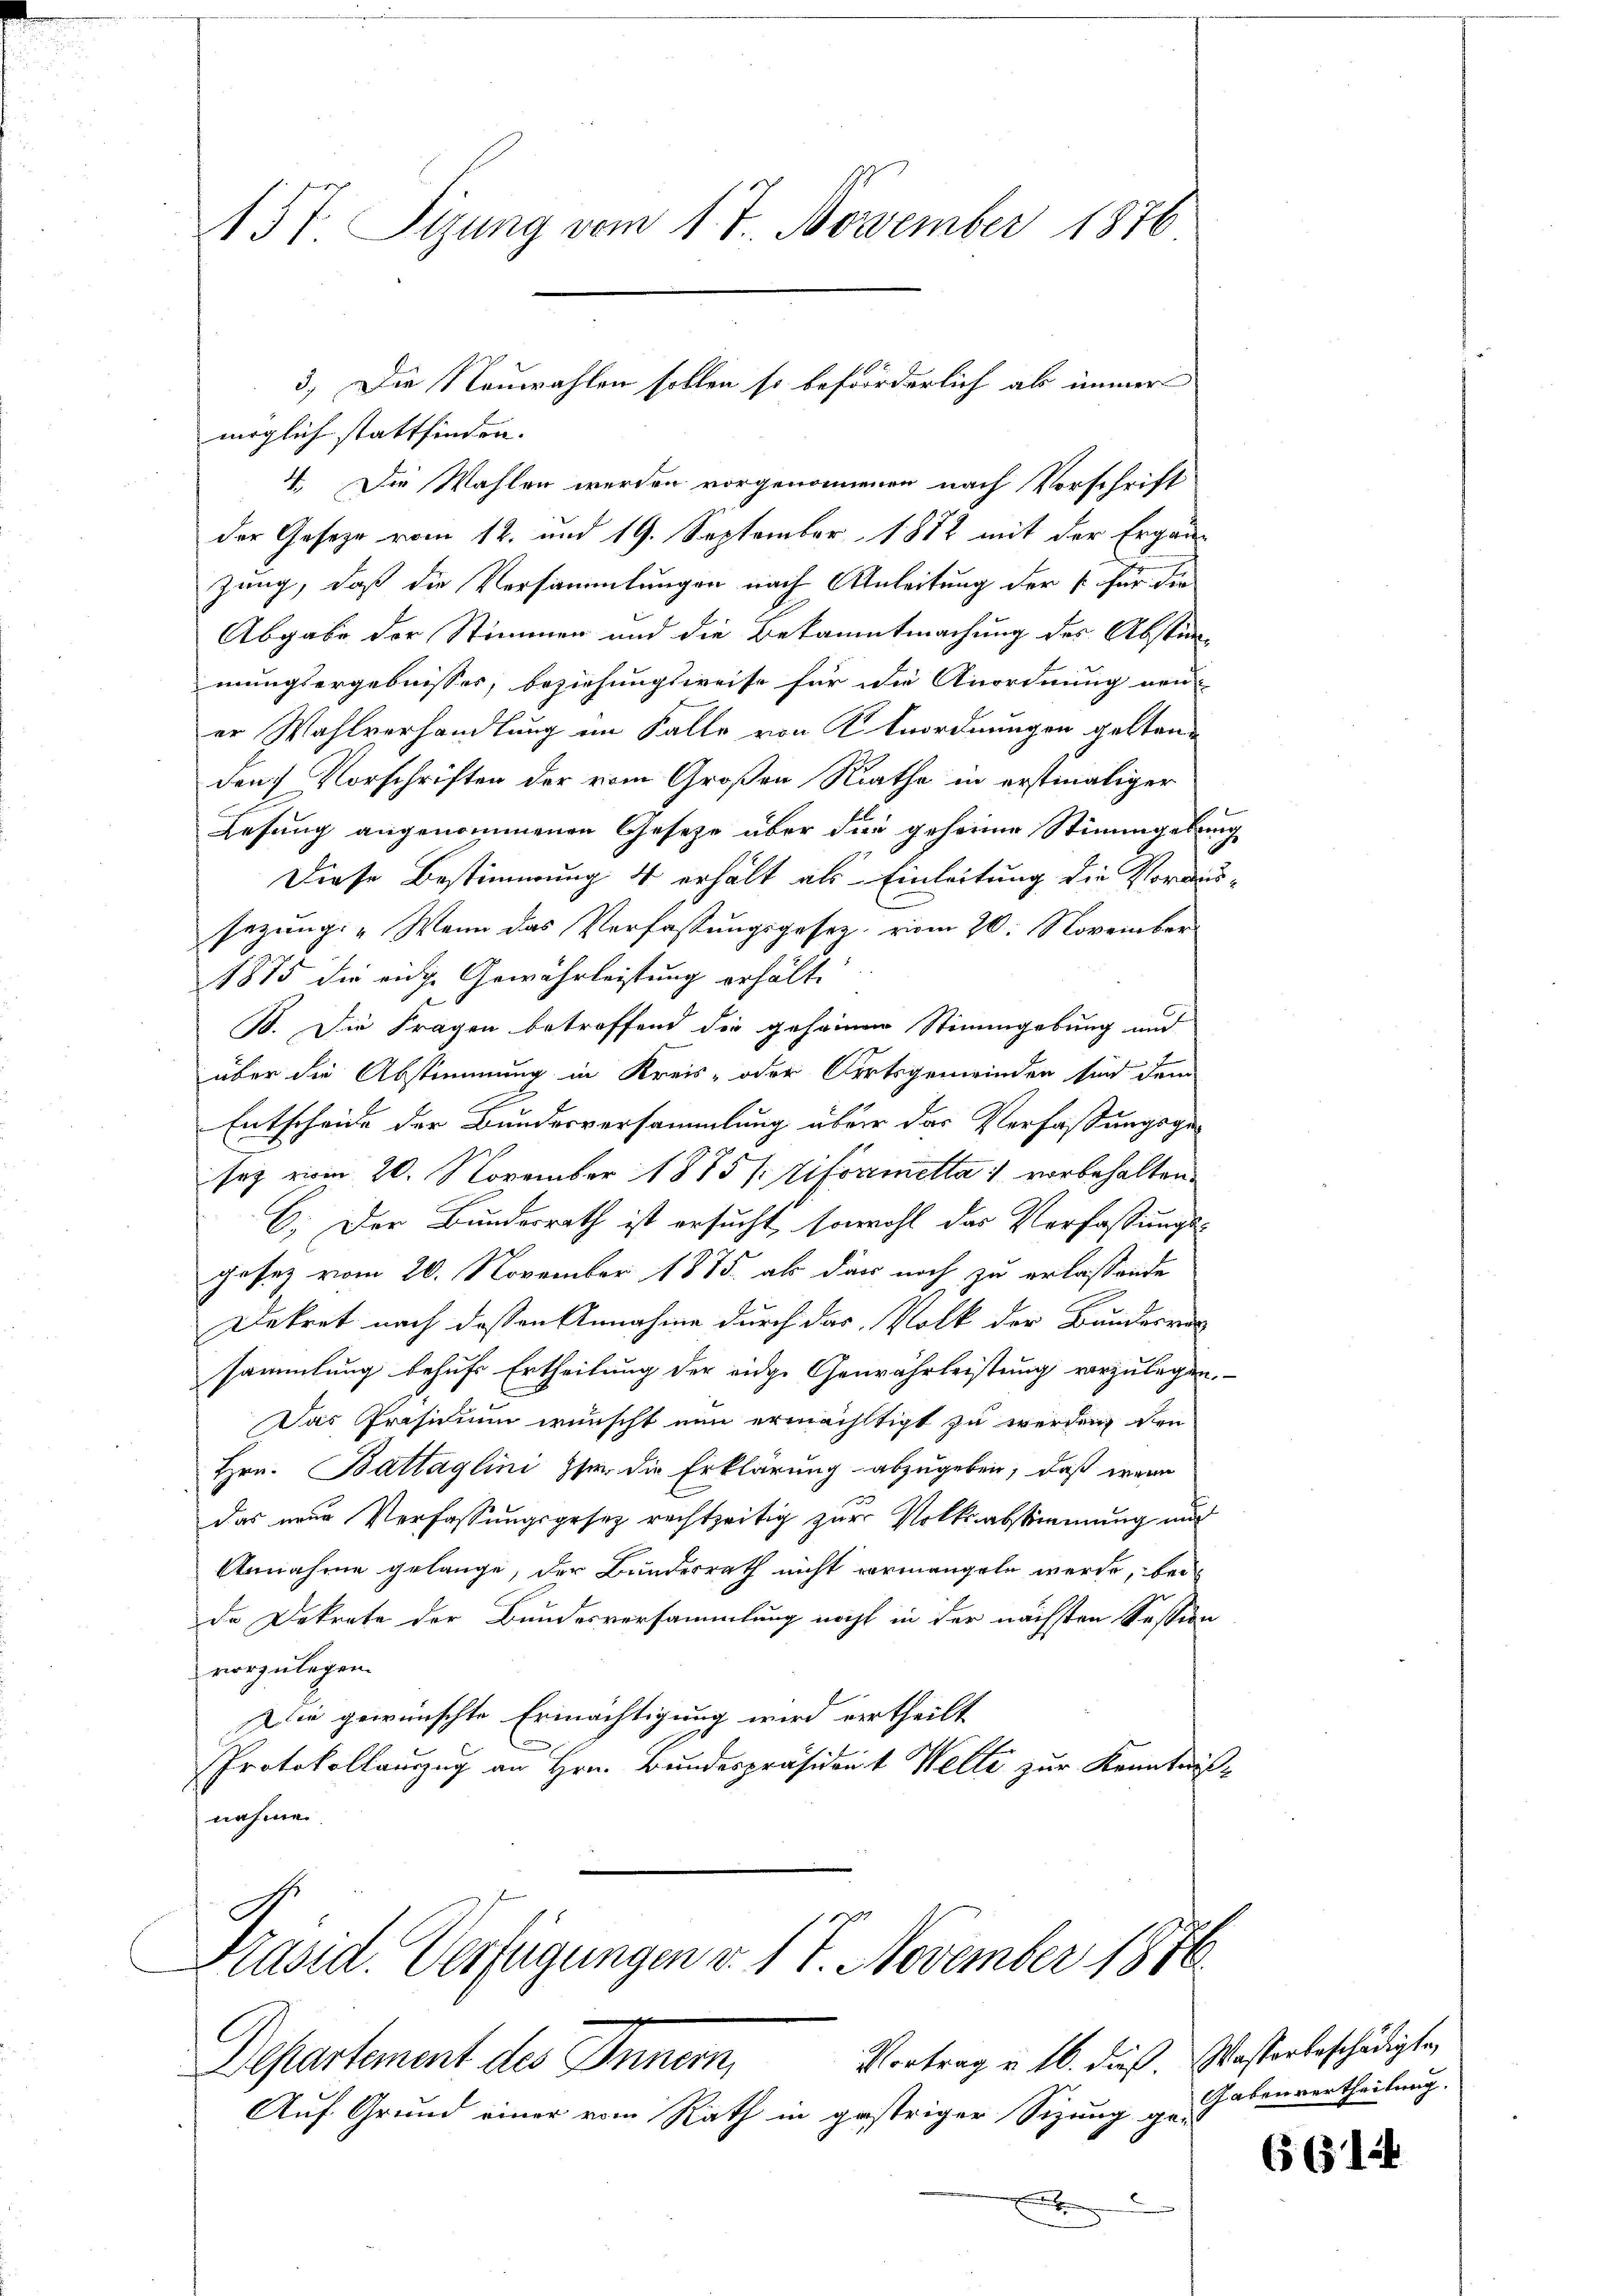
157. Sizung vom 17. November 1876

möglich stattfinden.
4. Die Wahlen werden vorgenommen nach Vorschrift
der Gesetze vom 12. und 19. September 1882 mit der Ergänzung, daß die Versammlungen nach Anleitung der s. für die
Abgabe der Stimmen und die Bekanntmachung des Abstim-
mungsergebnisses, beziehungsweise für die Anordnung neu-
er Wahlverhandlung im Falle von K. Anordnungen gelten
den Vorschriften der vom Großen Rathe in erstmaliger
Lesung angenommenen Gesetze über die geherme Stimmgebung
Diese Bestimmung 4 erhält als Einleitung die Voraussezung: „Wenn das Verfassungsgesetz, vom 20. November
1875 die eige Gewährleistung erhält.
B. Die Fragen betreffend die geseine Stimmgebung and
über die Abstimmung in Kreis- oder Fortsgemeinden sind dem
Entscheide der Bundesversammlung über das Verfaßungsgesey vom 20. November 1885 (Viformetta vorbehalten.
C. Der Bundesrath ist ersucht, sowohl das Verfassungs-
gesez vom 20. November 1875. als dar noch zu erlassende
Dekret nach dessen Annahme durch das Volk der Bundesrat
sammlung behufs Ertheilung der eide Gewährleistung vorzulegen.
Das Präsidium wünscht nun ermächtigt zu werden, den
Hrn. Battaglini fr. die Erklärung abzugeben, daß wenn
das neue Verfassungsgesez rechtzeitig zur Volksabstimmung und
Annahme gelange, der Bundesrath nicht vormangeln werde, bei
de Dekrete der Bundesversammlung nicht in der nächsten Session
vorzulegen.
die gewünschte Ermächtigung wird vertheilt
Protokollauszug an Hrn. Bundespräsident Welte zur Kenntniß-
nahme.

Auf Grund einer vom Rath in gestriger Sizung ge-
.

Präsid. Verfügungen v. 17. November 1876
u
Vortrag v. 16. dieß. Wasserbeschädigte,
Departement des Innern,

3. Die Neuwahlen sollen so beförderlich als immer

Gaben vertheilung.

65 (14